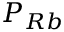
P _ { R b }